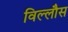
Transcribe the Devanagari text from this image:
विल्लौस